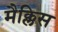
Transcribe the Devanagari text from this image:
मैक्लिस